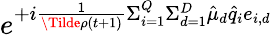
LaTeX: e^{+i\frac{1}{\Tilde{\rho}(t+1)}\Sigma_{i=1}^{Q}\Sigma_{d=1}^{D}\hat{\mu}_{d}\hat{q}_{i}e_{i,d}}